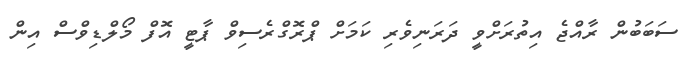
ސަބަބުން ރާއްޖެ އިތުރަށްވީ ދަރަނިވެރި ކަމަށް ޕްރޮގްރެސިވް ޕާޓީ އޮފް މޯލްޑިވްސް އިން